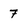
Character: 7